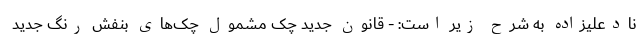
نادعلیزاده به شرح زیر است: - قانون جدید چک مشمول چک‌های بنفش رنگ جدید